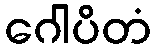
ဂေါပိတံ